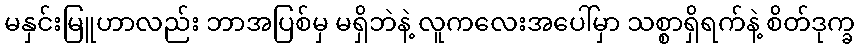
မနှင်းမြူဟာလည်း ဘာအပြစ်မှ မရှိဘဲနဲ့ လူကလေးအပေါ်မှာ သစ္စာရှိရက်နဲ့ စိတ်ဒုက္ခ